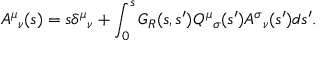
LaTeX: A ^ { \mu } { } _ { \nu } ( s ) = s \delta ^ { \mu } { } _ { \nu } + \int _ { 0 } ^ { s } G _ { R } ( s , s ^ { \prime } ) Q ^ { \mu } { } _ { \sigma } ( s ^ { \prime } ) A ^ { \sigma } { } _ { \nu } ( s ^ { \prime } ) d s ^ { \prime } .